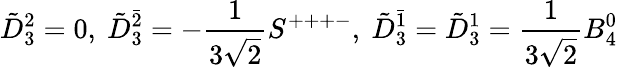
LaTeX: \tilde{D}_{3}^{2}=0,\ \tilde{D}_{3}^{\bar{2}}=-\frac{1}{3\sqrt{2}}S^{+++-},\ \tilde{D}_{3}^{\bar{1}}=\tilde{D}_{3}^{1}=\frac{1}{3\sqrt{2}}B_{4}^{0}